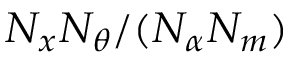
N _ { x } N _ { \theta } / ( N _ { \alpha } N _ { m } )